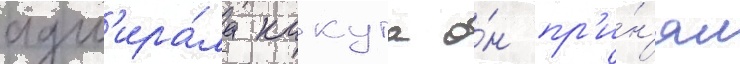
адм'ира́ла какута о́н пр'и́н'ял